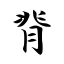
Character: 脊